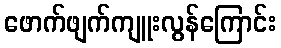
ဖောက်ဖျက်ကျူးလွန်ကြောင်း